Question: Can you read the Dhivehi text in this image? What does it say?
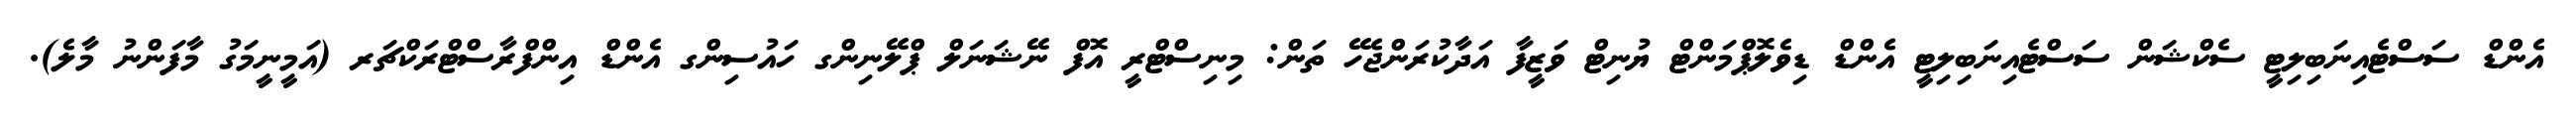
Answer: އެންޑް ސަސްޓެއިނަބިލިޓީ ސެކްޝަން ސަސްޓެއިނަބިލިޓީ އެންޑް ޑިވެލޮޕްމަންޓް ޔުނިޓް ވަޒީފާ އަދާކުރަންޖެހޭ ތަން: މިނިސްޓްރީ އޮފް ނޭޝަނަލް ޕްލޭނިންގ ހައުސިންގ އެންޑް އިންފްރާސްޓްރަކްޗަރ (އަމީނީމަގު މާފަންނު މާލެ).